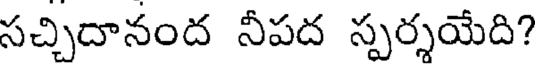
సచ్చిదానంద నీపద స్పర్శయేది?